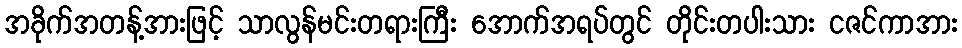
အခိုက်အတန့်အားဖြင့် သာလွန်မင်းတရားကြီး အောက်အရပ်တွင် တိုင်းတပါးသား ငဇင်ကာအား